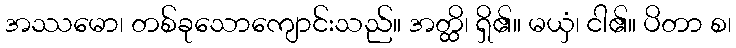
အဿမော၊ တစ်ခုသောကျောင်းသည်။ အတ္ထိ၊ ရှိ၏။ မယှံ၊ ငါ၏။ ပိတာ စ၊